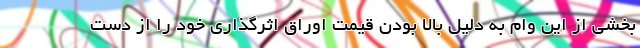
بخشی از این وام به دلیل بالا بودن قیمت اوراق اثرگذاری خود را از دست